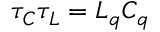
\tau _ { C } \tau _ { L } = L _ { q } C _ { q }